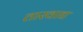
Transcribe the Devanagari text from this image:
तारवाद्य